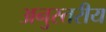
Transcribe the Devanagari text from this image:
अनुस्तरीय